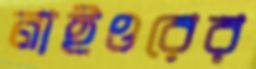
নাইওরের